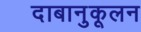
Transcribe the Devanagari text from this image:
दाबानुकूलन